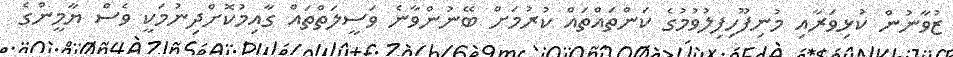
ޒުވާނުން ކުޅިވަރާއި މުނިފޫހިފިލުވުމުގެ ކަންތައްތައް ކުރުމަށް ބޭނުންވާނެ ވަސީލަތްތައް ގާއިމުކޮށްދިނުމަކީ ވެސް ޔާމީންގެ